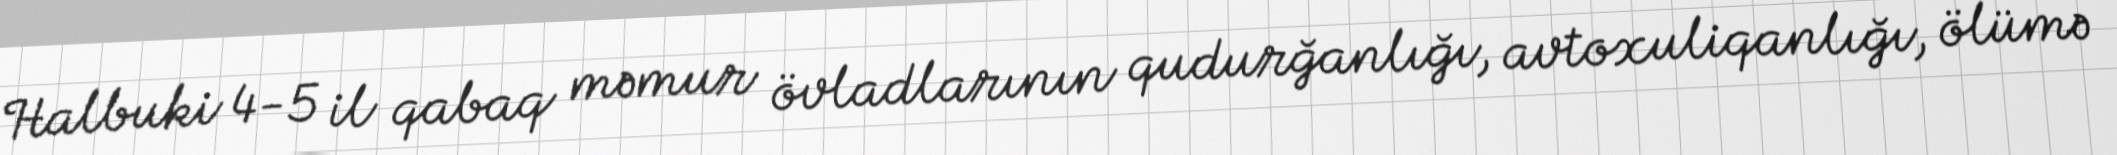
Halbuki 4-5 il qabaq məmur övladlarının qudurğanlığı, avtoxuliqanlığı, ölümə